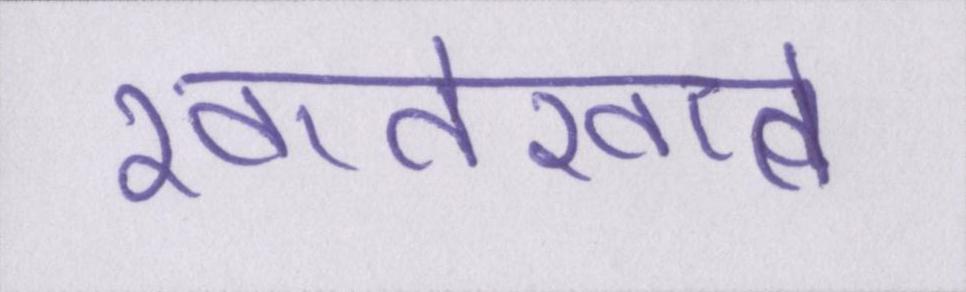
खातेखाते